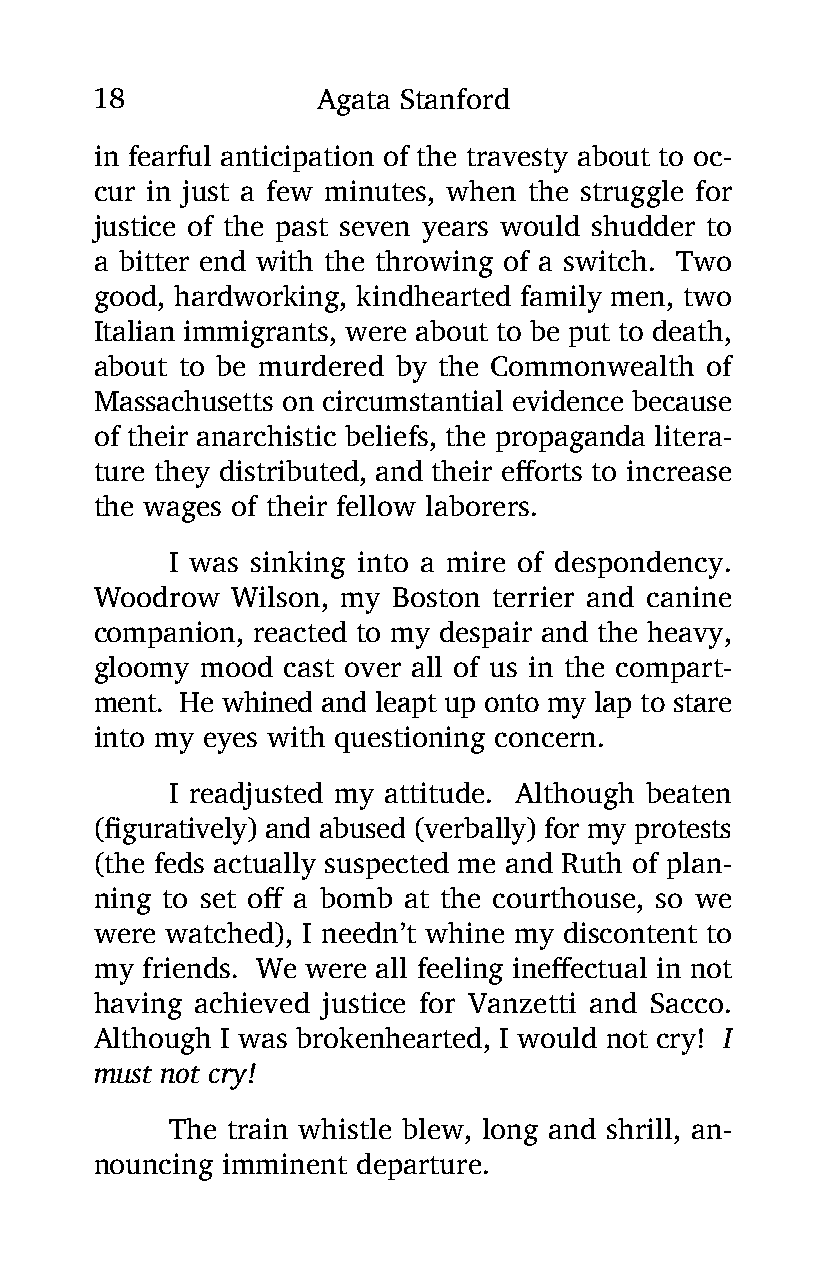
18             Agata Stanford
 in fearful anticipation of the travesty about to oc-
 cur in just a few minutes, when the struggle for
 justice of the past seven years would shudder to
 a bitter end with the throwing of a switch. Two
 good, hardworking, kindhearted family men, two
 Italian immigrants, were about to be put to death,
 about to be murdered by the Commonwealth of
 Massachusetts on circumstantial evidence because
 of their anarchistic beliefs, the propaganda litera-
 ture they distributed, and their efforts to increase
 the wages of their fellow laborers.
 I was sinking into a mire of despondency.
 Woodrow  Wilson, my Boston terrier and canine
 companion, reacted to my despair and the heavy,
 gloomy mood  cast over all of us in the compart-
 ment. He whined and leapt up onto my lap to stare
 into my eyes with questioning concern.
 I readjusted my attitude. Although beaten
 (figuratively) and abused (verbally) for my protests
 (the feds actually suspected me and Ruth of plan-
 ning to set off a bomb at the courthouse, so we
 were watched), I needn’t whine my discontent to
 my friends. We were all feeling ineffectual in not
 having achieved justice for Vanzetti and Sacco.
 Although I was brokenhearted, I would not cry! I
 must not cry!
 The train whistle blew, long and shrill, an-
 nouncing imminent departure.